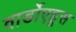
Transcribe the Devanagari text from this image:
वार्डोएहूस